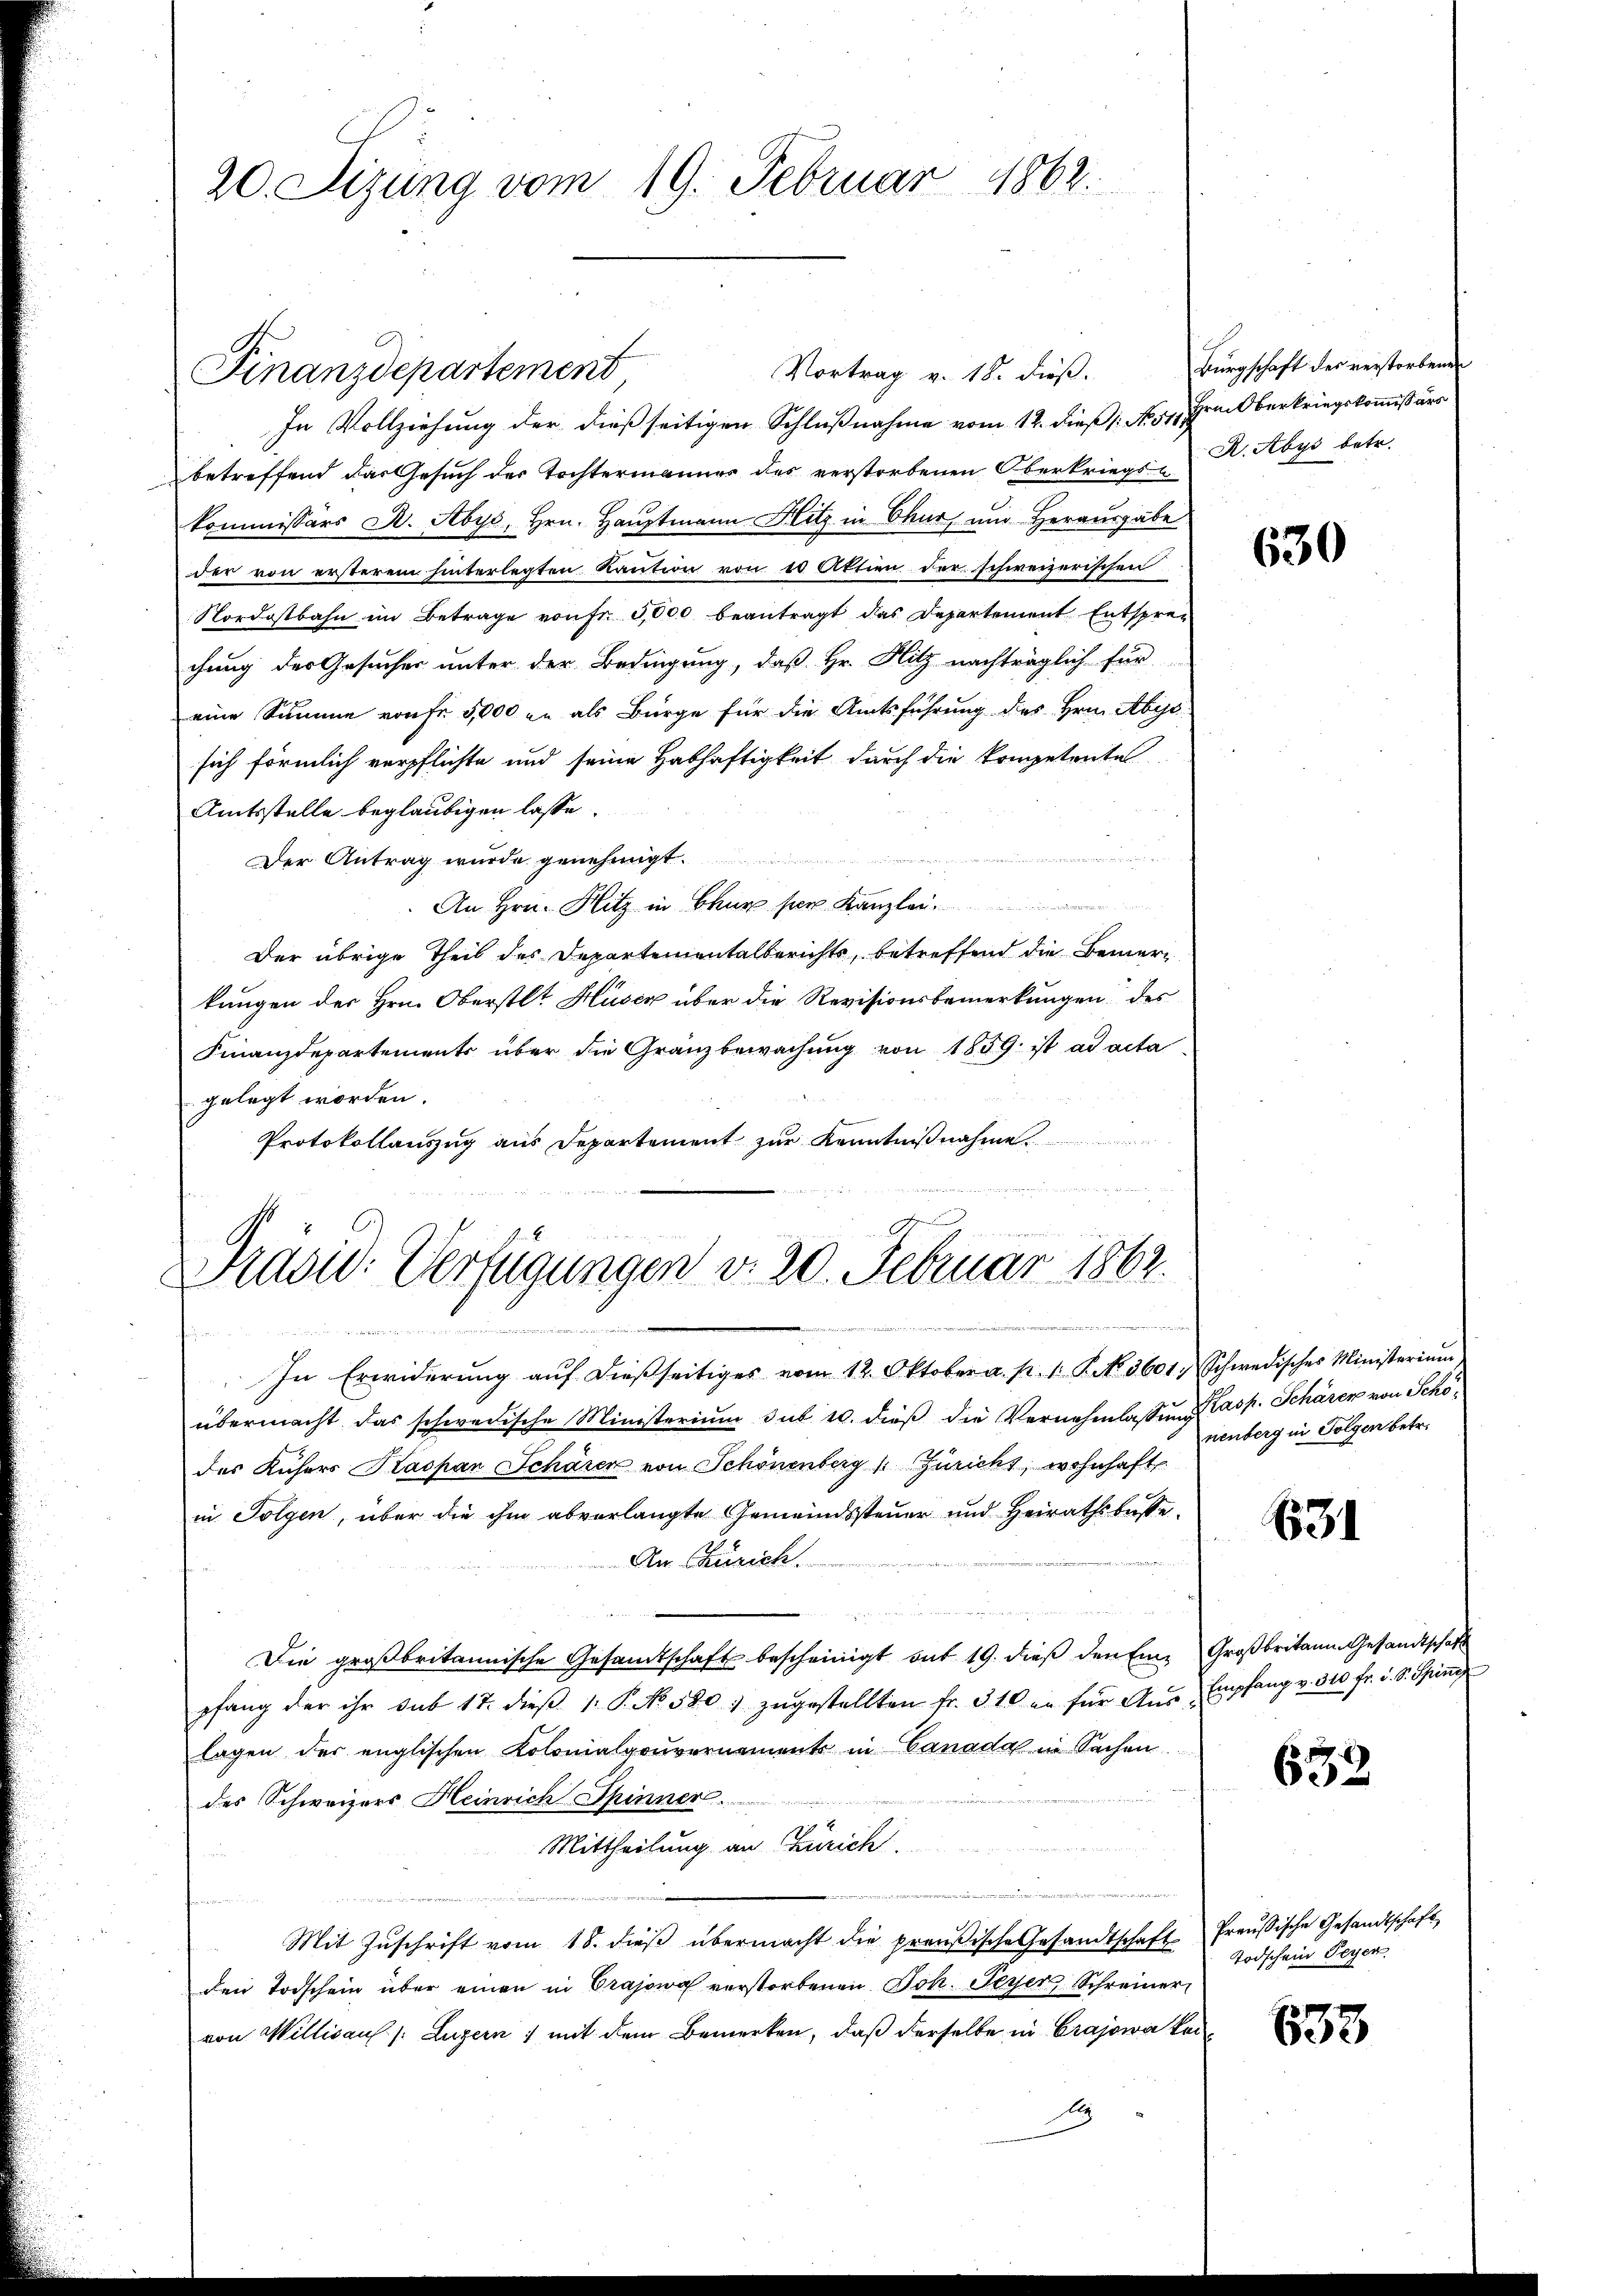
20. Sizung vom 19. Februar 1862.

Vortrag v. 18. dieß.
In Vollziehung der dießseitigen Schlußnahme vom 12. dieß (: No 57. Im Oberkriegskommißärs
betreffend das Gesuch der Tochtermannes der verstorbenen Oberkriegs-K.Abys betr.
kommissärs A. Abys, Hrn. Hauptmann Hitz in Chur und Herausgabe
der von ersterem hinterlegten Kaution von 10 Aktien der schweizerischen
Nordostbahn im Betrage von Fr. 5,000 beantragt das Departement Entsprechung der Gesucher unter der Bedingung, daß Hr. Hitz nachträglich für
eine Summe von Fr. 5,000 in als Bürge für die Amtsführung des Hrn. Abys
sich förmlich verpflichte und seine Habhaftigkeit durch die kompetente
Amtsstelle beglaubigen lasse.
Der Antrag wurde genehmigt.
An Hrn. Hitz in Chur per Kanzl
Der übrige Theil des Departementalberichts, betreffend die Bemerkungen der Hrn. Oberstlt Huser über die Revisionsbemerkungen des
Finanzdepartements über die Gränzbewachung von 1859 ist ad acta
gelegt worden.
Protokollauszug aus Departement zur Kenntnißnahme

Finanzdepartement

Præsid: Verfügungen d. 20. Februar 1862.
.
e

Bürgschaft des verstorbenen

In Erwiderŭng aŭf dieβseitiges vom 12. Oktober a. p. 1. P. No. 3601. Schwedisches Ministerium
übermacht das schwedische Ministerium sub 10. dieβ die Vernehmlassŭng Casp. Schärer von Schödes Küchers Kaspar Schärer von Schönenberg (Züricht, wohnhaft
in Folgen, über die ihm abverlangte Gemeindssteuer und Heirathskasse
An Churich.
Die großbritannische Gesandtschaft bescheinigt mit 19. dieß den Eine Großbritann Gesandtschaft
pfang der ihr sub 17. dieβ 1. P. No. 580. zŭgestellten fr. 310 en für Aŭs-Empfang v. 310 fr. i. S. Spini
lagen der englischen Kolonialgouvernements in Canada in Sachen
des Schweizers Heinrich Spinner.
Mittheilung an Zürich
Mit Zuschrift vom 18. dieß übermacht die preußische Gesandtschaft Preußische Gesandtschaft
den Todschein über einen in Crajowa verstorbenen Joh. Peyer Schreiner
von Willisaul /: Luzern) mit dem Bemerken, daß derselbe in Crajowa keid

630

nenberg in Folgen betr.

634

632

Todschein Peyer

633.